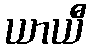
ယာယီ